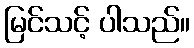
မြင်သင့် ပါသည်။